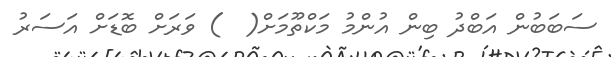
ސަބަބުން އަބްދު ބިން އުންމު މަކްތޫމަށް(  ) ވަރަށް ބޮޑަށް އަސަރު